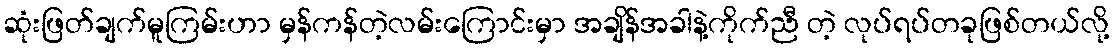
ဆုံးဖြတ်ချက်မူကြမ်းဟာ မှန်ကန်တဲ့လမ်းကြောင်းမှာ အချိန်အခါနဲ့ကိုက်ညီ တဲ့ လုပ်ရပ်တခုဖြစ်တယ်လို့